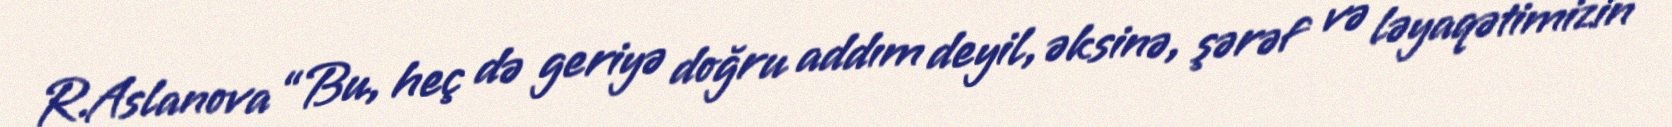
R.Aslanova “Bu, heç də geriyə doğru addım deyil, əksinə, şərəf və ləyaqətimizin